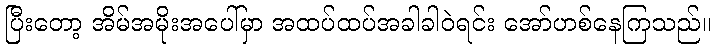
ပြီးတော့ အိမ်အမိုးအပေါ်မှာ အထပ်ထပ်အခါခါဝဲရင်း အော်ဟစ်နေကြသည်။